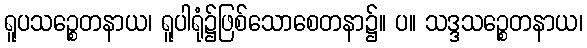
ရူပသဉ္စေတနာယ၊ ရူပါရုံ၌ဖြစ်သောစေတနာ၌။ ပ။ သဒ္ဒသဉ္စေတနာယ၊